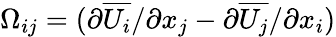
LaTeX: \Omega_{ij}=({\partial\overline{{U_{i}}}/\partial x_{j}}-{\partial\overline{{U_{j}}}/\partial x_{i}})